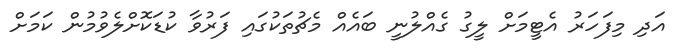
އަދި މިފަހަރު އެޓީމަށް ލީގު ގެއްލުނީ ބައެއް މެޗުތަކުގައި ފަރުވާ ކުޑަކޮށްލެވުމުން ކަމަށް